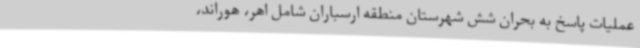
عملیات پاسخ به بحران شش شهرستان منطقه ارسباران شامل اهر، هوراند،